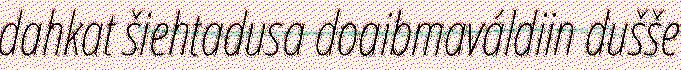
dahkat šiehtadusa doaibmaváldiin dušše